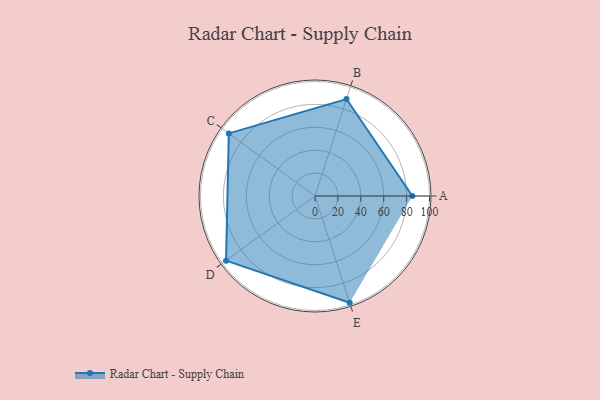
{"axis": {"x": "Skill", "y": "Score"}, "legend": ["Profile"], "data": [{"x": "A", "y": 85.0, "type": "Profile"}, {"x": "B", "y": 89.0, "type": "Profile"}, {"x": "C", "y": 93.0, "type": "Profile"}, {"x": "D", "y": 96.0, "type": "Profile"}, {"x": "E", "y": 98.0, "type": "Profile"}]}